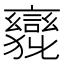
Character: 𲁹